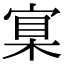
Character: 𡩈